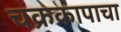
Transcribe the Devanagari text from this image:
चक्रकापाचा